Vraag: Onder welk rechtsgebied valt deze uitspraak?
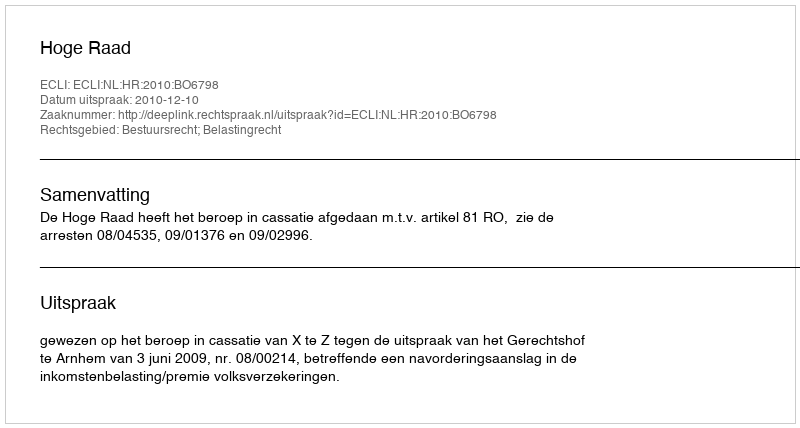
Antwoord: Bestuursrecht; Belastingrecht